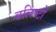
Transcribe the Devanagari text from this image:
बलिष्टों